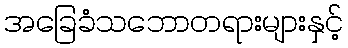
အခြေခံသဘောတရားများနှင့်